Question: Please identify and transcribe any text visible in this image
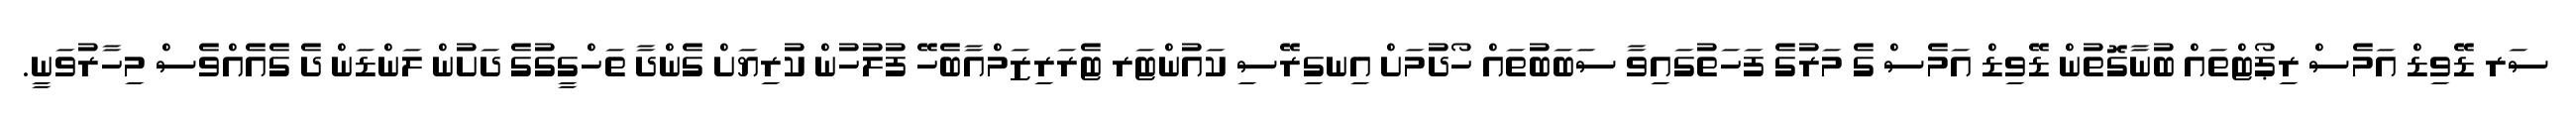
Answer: ސަރ ޑޭވިޑް އަމެސް ރިޕޯޓްތައް ބުނާގޮތުން ޑޭވިޑް އަމެސް ގެ މަރުގެ ފަހަތުގައިވާ ސަބަބުތައް ހޯދުމަށް އިނގިރޭސި ކައުންޓަރ ޓެރަރިޒަމްއާބެހޭ ފުލުހުން ކުރިޔަށް ގެންދާ ތަހްގީގުގެ ދަށުން ލަންޑަން ދެ ގެއެއްވެސް މިހާރުވަނީ.